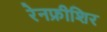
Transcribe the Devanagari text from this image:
रेनफ्रीशिर